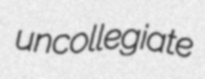
uncollegiate